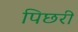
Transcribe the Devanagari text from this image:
पिछरी